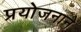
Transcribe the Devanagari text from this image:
प्रयोजनाने